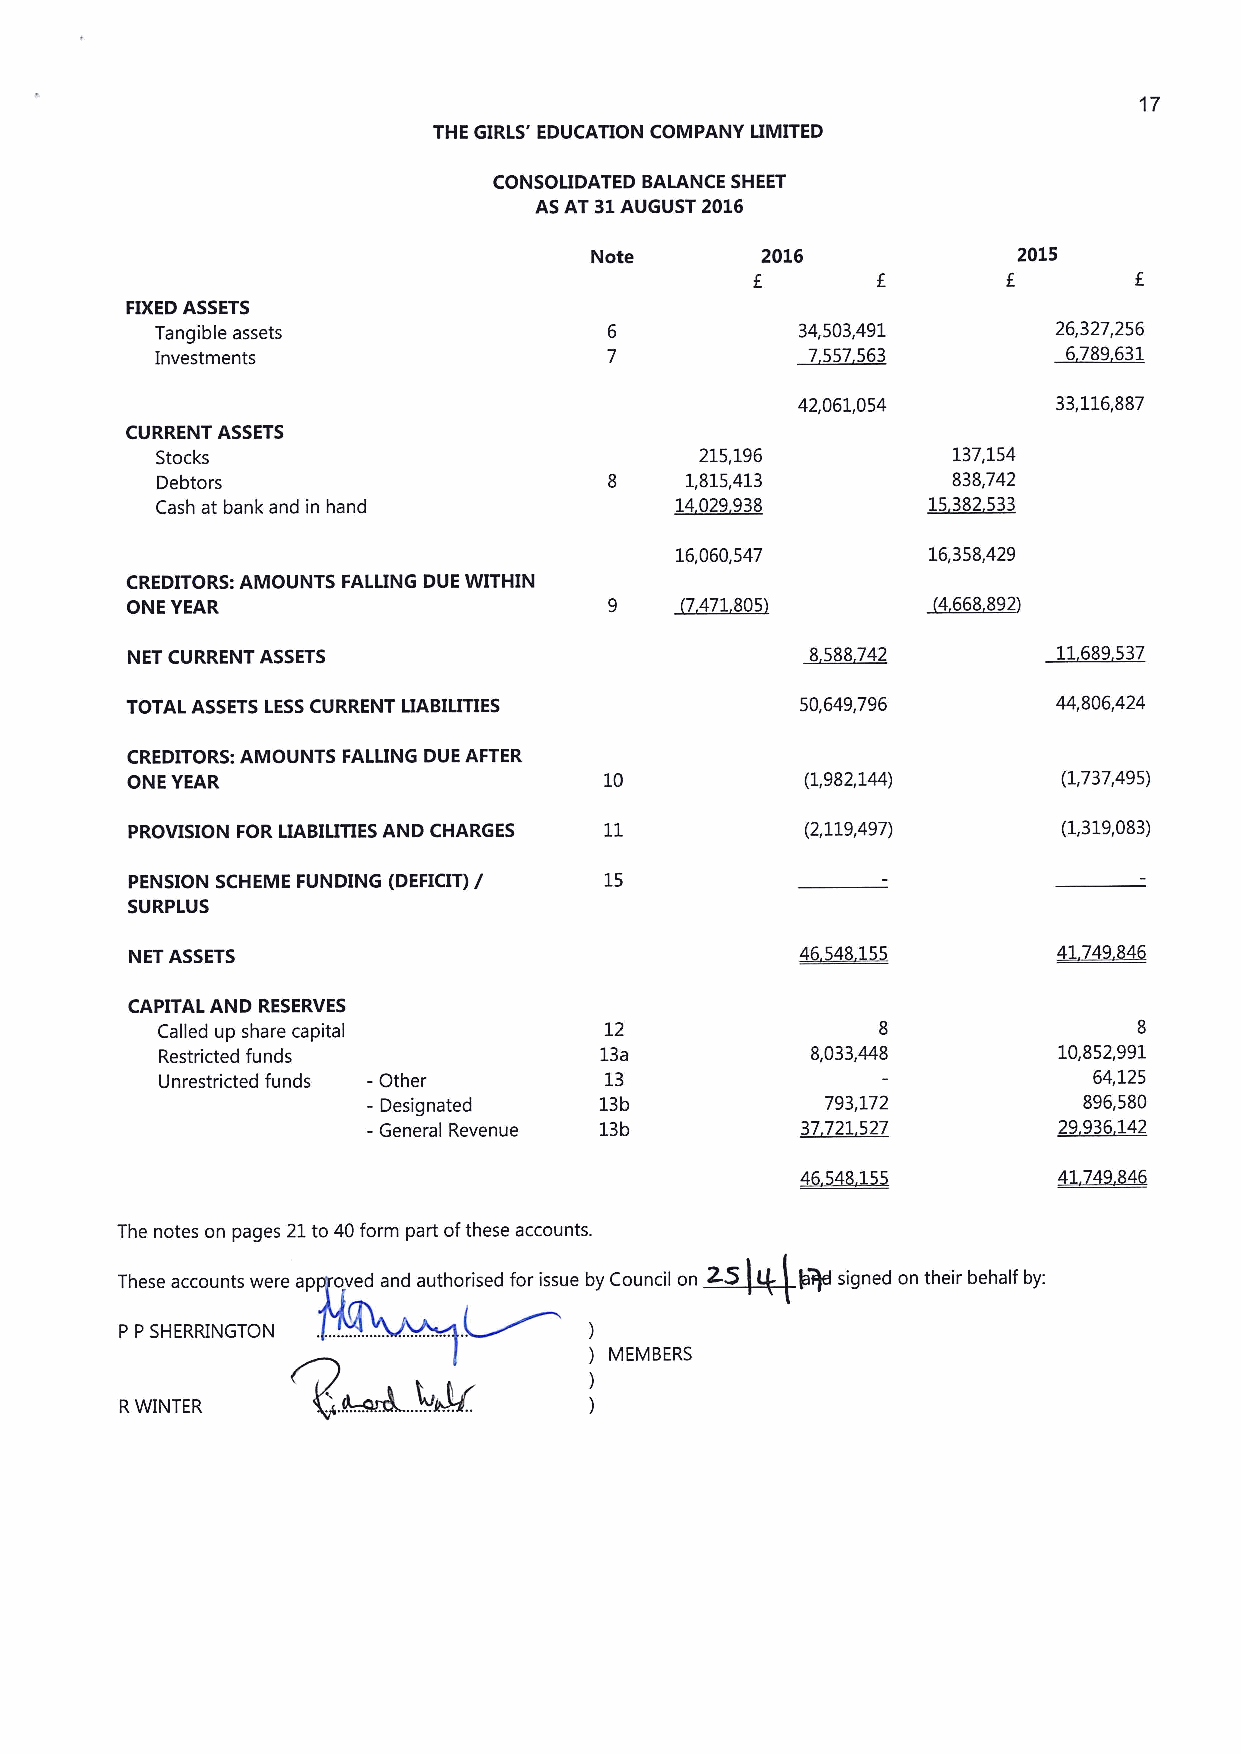
17
 THE GIRLS' EDUCATION COMPANY LIMITED
 CONSOLIDATED BALANCE SHEET
 ASAT 31AUGUST 2016
 Note       2016             2015
 f
 FIXEDASSETS
 Tangible assets                            34,503,491       26,327,256
 Investments                                7557563           6789631
 42,061,054       33,116,887
 CURRENT ASSETS
 Stocks                              215,196          137,154
 Debtors                            1,815,413         838,742
 Cash at bank and in hand           14029938        15382533
 16,060,547      16,358,429
 CREDITORS: AMOUNTS FALLING DUE WITHIN
 ONE YEAR                        9    ~7471805         4668892
 NET CURRENT ASSETS                            8588742         11689537
 TOTAL ASSETS LESSCURRENT LIABILITIES         50,649,796       44,806,424
 CREDITORS: AMOUNTS FALLING DUE AFTER
 ONE YEAR                        10           (1,982,144)      (1,737,495)
 PROVISION FOR LIABIUTIES AND CHARGES         (2,119,497)      (1,319,083)
 PENSION SCHEME FUNDING (DEFICIT)/ 15
 SURPLUS
 NET ASSETS                                  ~454+155         417~4~4
 CAPITAL AND RESERVES
 Called up share capital       12                8                8
 Restricted funds             13a           8,033,448       10,852,991
 Unrestricted funds —Other     13                              64,125
 - Designated    13b            793,172          896,580
 -General Revenue 13b         37721527         29936142
 %434UM
 The notes on pages 21to 40form part ofthese accounts.
 ~5
 These accounts were ap oved and authorised for issue by Council on Pd signed on their behalf by:
 P P SHERRINGTON                )
 ) MEMBERS
 )
 RWINTER                        )